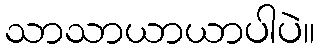
သာသာယာယာပါပဲ။